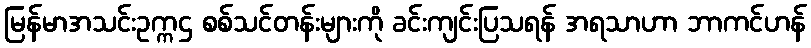
မြန်မာအသင်းဥက္ကဌ စစ်သင်တန်းများကို ခင်းကျင်းပြသရန် အရသာဟာ ဘာကင်ဟန်